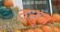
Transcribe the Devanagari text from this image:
तनुज